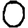
Digit: 0